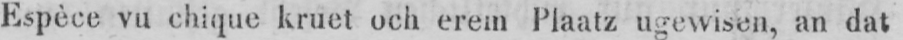
Espèce vu chique kruet och erem Plaatz ugewisen, an dat